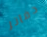
دفاتر